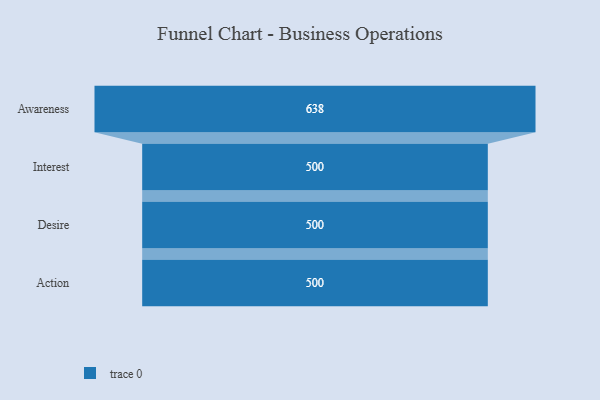
{"axis": {"x": "Stage", "y": "Value"}, "legend": [""], "data": [{"x": "Awareness", "y": 638.0, "type": ""}, {"x": "Interest", "y": 500, "type": ""}, {"x": "Desire", "y": 500, "type": ""}, {"x": "Action", "y": 500, "type": ""}]}